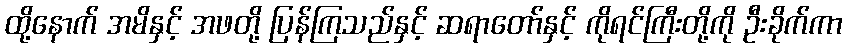
ထို့နောက် အမိနှင့် အဖတို့ ပြန်ကြသည်နှင့် ဆရာတော်နှင့် ကိုရင်ကြီးတို့ကို ဦးခိုက်ကာ